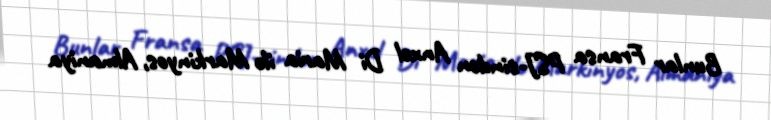
Bunlar Fransa PSJ-sindən Anxel Di Maria ilə Markinyos, Almaniya